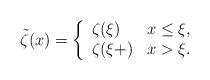
LaTeX: \begin{align*} \tilde\zeta (x) = \left\{ \begin{array}{ll} \zeta (\xi) & x\leq \xi, \\ \zeta (\xi+) & x> \xi . \end{array} \right. \end{align*}